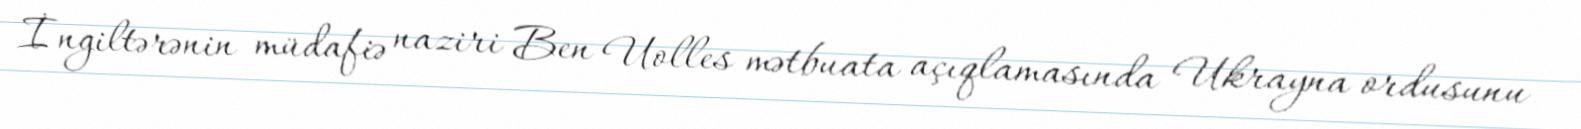
İngiltərənin müdafiə naziri Ben Uolles mətbuata açıqlamasında Ukrayna ordusunu